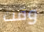
وقت